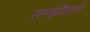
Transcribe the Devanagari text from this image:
सम्झौतामे